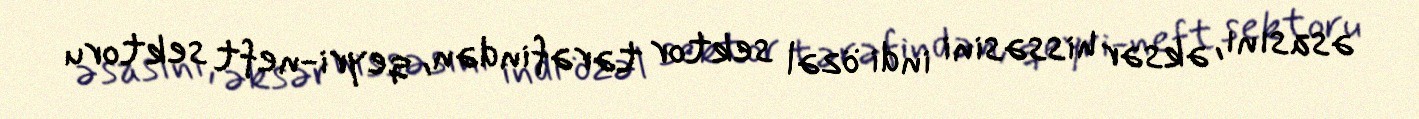
əsasını, əksər hissəsini indi özəl sektor tərəfindən, qeyri-neft sektoru